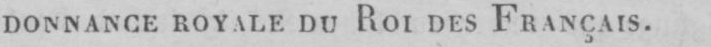
DONNANCE ROYALE DU ROI DES FRANCAIS.